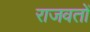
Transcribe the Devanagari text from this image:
राजवतों